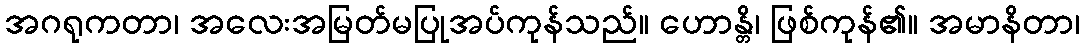
အဂရုကတာ၊ အလေးအမြတ်မပြုအပ်ကုန်သည်။ ဟောန္တိ၊ ဖြစ်ကုန်၏။ အမာနိတာ၊